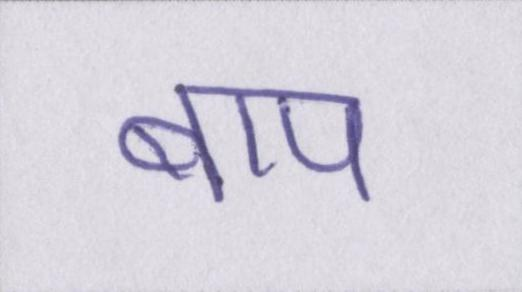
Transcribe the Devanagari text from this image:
बाप